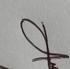
Signature authenticity: genuine